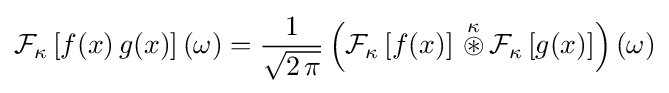
{\cal {F}}_{\kappa }\left[f(x)\,g(x)\right](\omega )={1 \over {\sqrt {2\,\pi }}}\left({\cal {F}}_{\kappa }\left[f(x)\right]\,{\stackrel {\kappa }{\circledast }}\,{\cal {F}}_{\kappa }\left[g(x)\right]\right)(\omega )